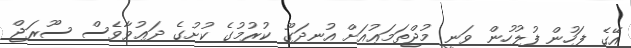
އޭގެ ފަހުން ފުލުހުން ވަނީ މުޖްތަމަޢުއަށް އުނދަގޫ ކުރުމުގެ ކުށުގެ ދަޢުވާވެސް ސޫރަޖް